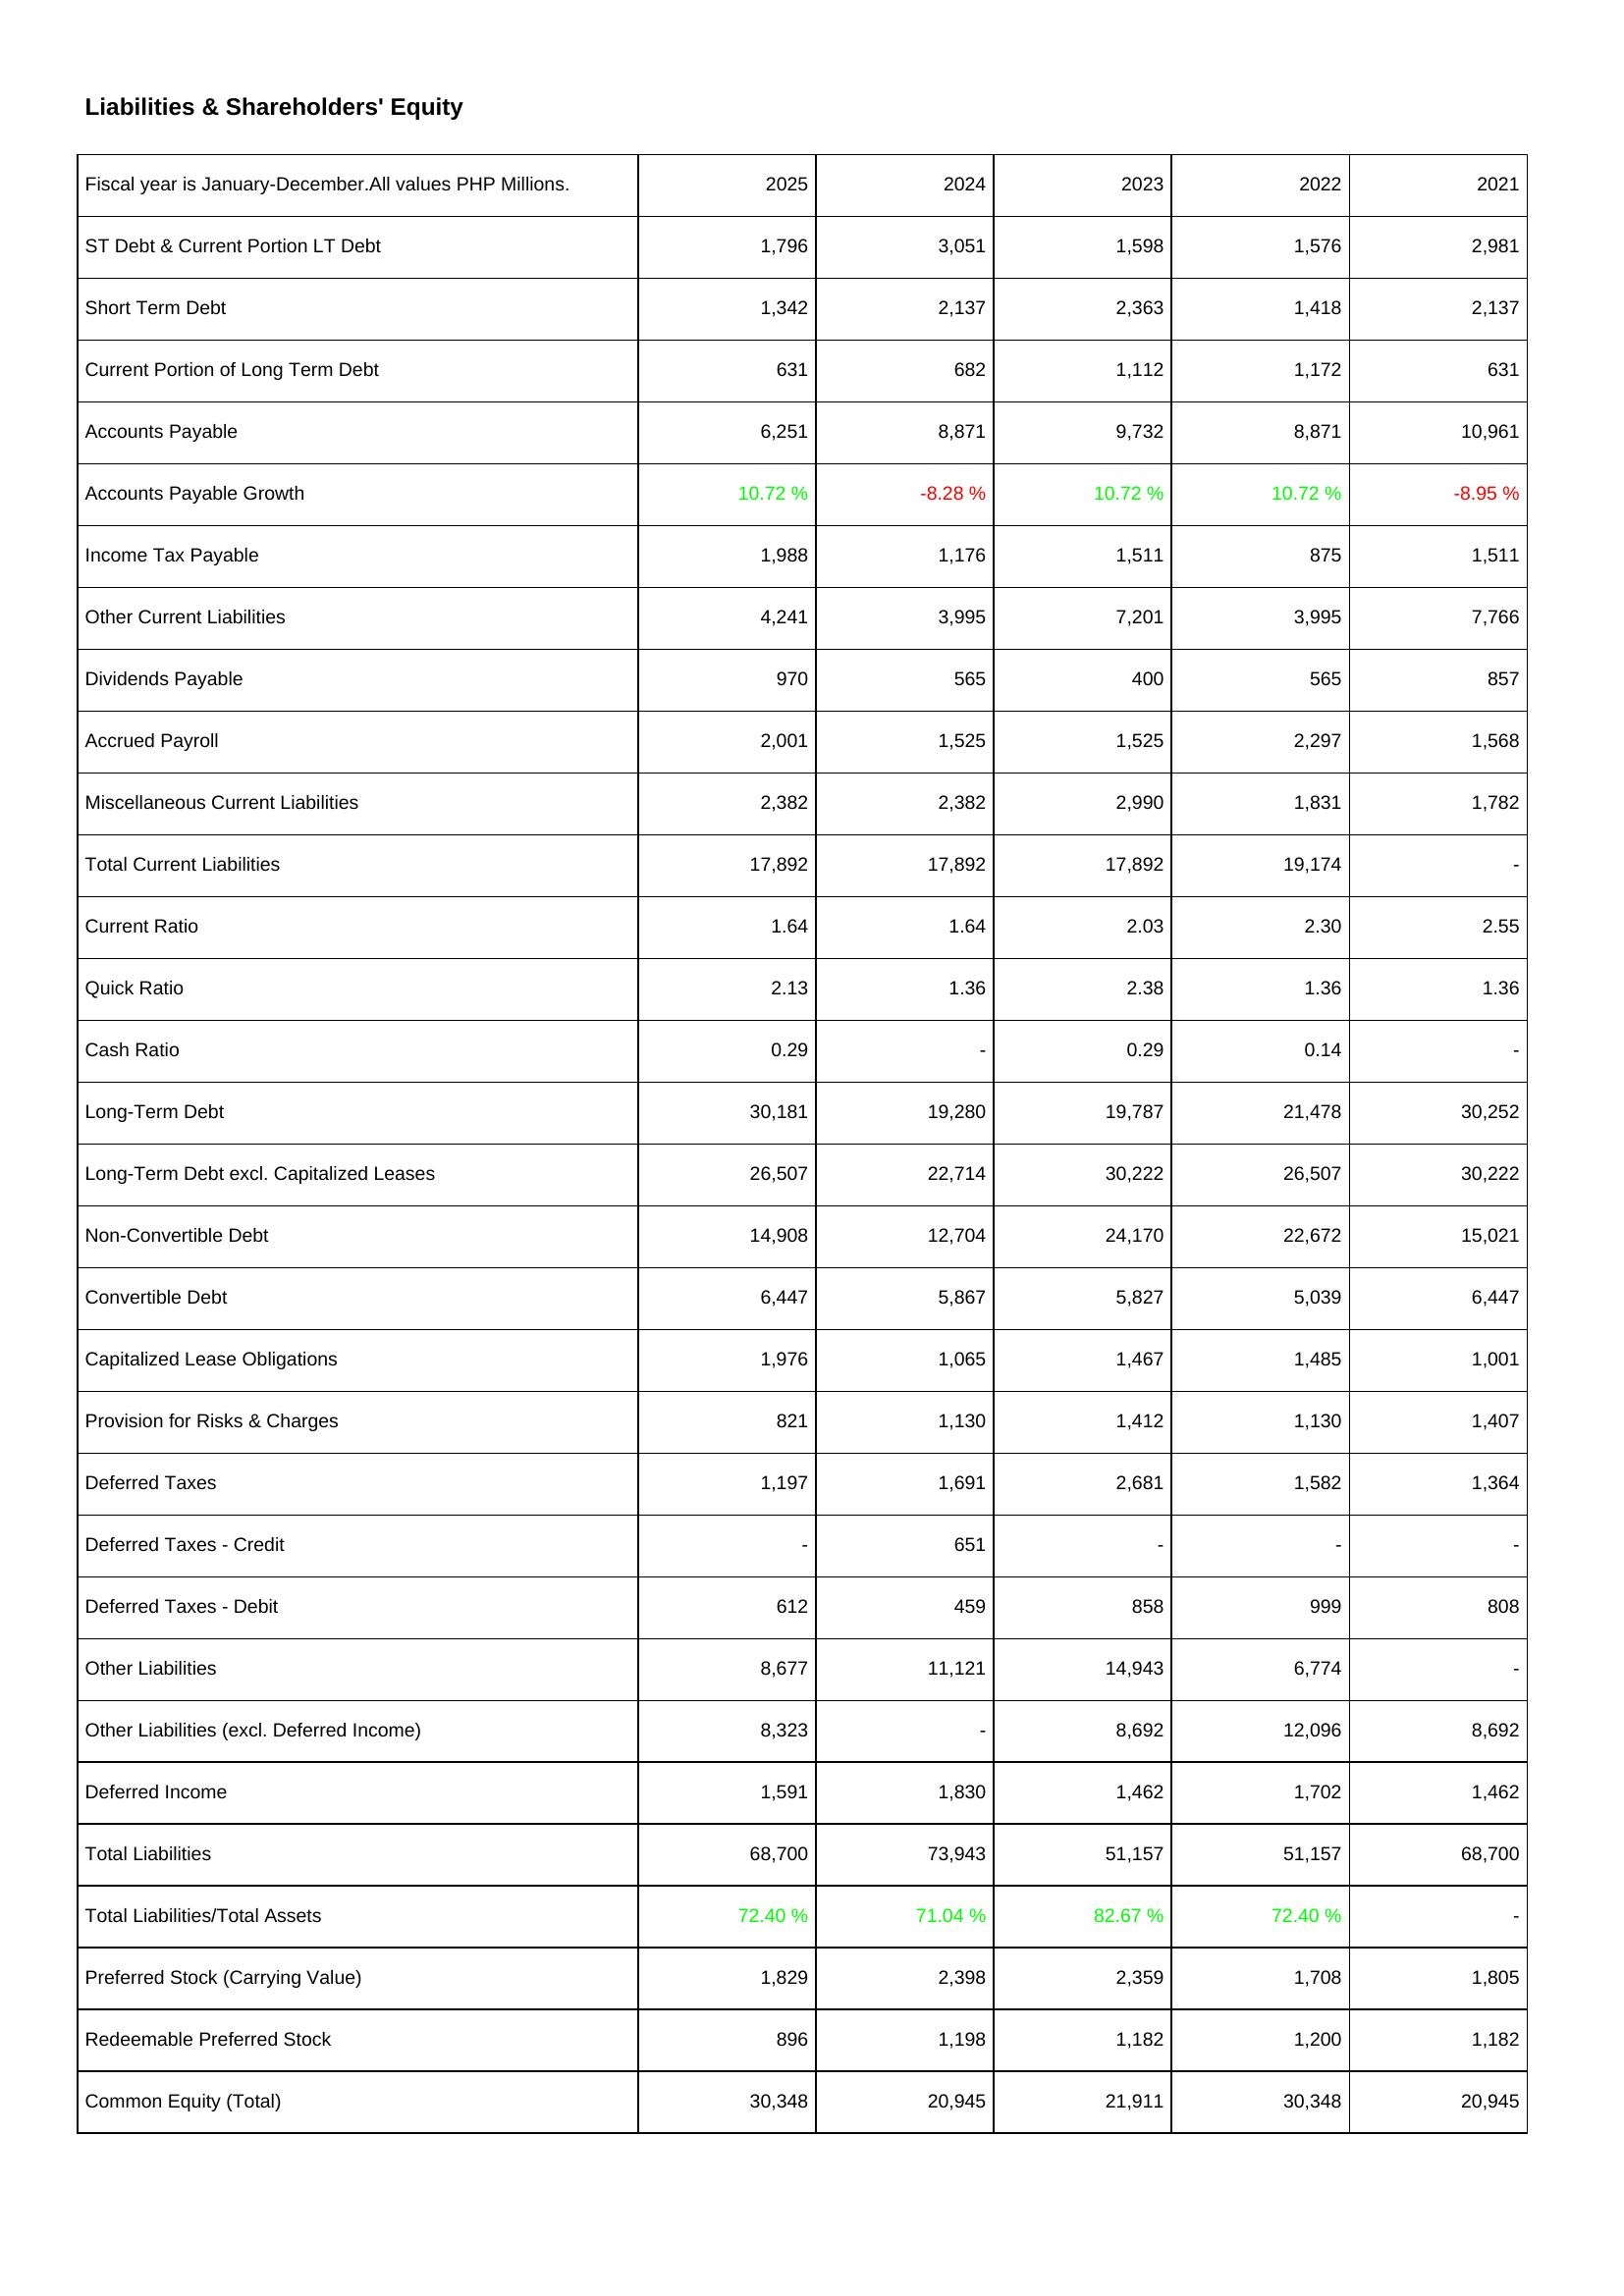
2025: Liabilities & Shareholders' Equity: ST Debt & Current Portion LT Debt: 1,796
Short Term Debt: 1,342
Current Portion of Long Term Debt: 631
Accounts Payable: 6,251
Accounts Payable Growth: 10.72 %
Income Tax Payable: 1,988
Other Current Liabilities: 4,241
Dividends Payable: 970
Accrued Payroll: 2,001
Miscellaneous Current Liabilities: 2,382
Total Current Liabilities: 17,892
Current Ratio: 1.64
Quick Ratio: 2.13
Cash Ratio: 0.29
Long-Term Debt: 30,181
Long-Term Debt excl. Capitalized Leases: 26,507
Non-Convertible Debt: 14,908
Convertible Debt: 6,447
Capitalized Lease Obligations: 1,976
Provision for Risks & Charges: 821
Deferred Taxes: 1,197
Deferred Taxes - Credit: -
Deferred Taxes - Debit: 612
Other Liabilities: 8,677
Other Liabilities (excl. Deferred Income): 8,323
Deferred Income: 1,591
Total Liabilities: 68,700
Total Liabilities/Total Assets: 72.40 %
Preferred Stock (Carrying Value): 1,829
Redeemable Preferred Stock: 896
Common Equity (Total): 30,348
2024: Liabilities & Shareholders' Equity: ST Debt & Current Portion LT Debt: 3,051
Short Term Debt: 2,137
Current Portion of Long Term Debt: 682
Accounts Payable: 8,871
Accounts Payable Growth: -8.28 %
Income Tax Payable: 1,176
Other Current Liabilities: 3,995
Dividends Payable: 565
Accrued Payroll: 1,525
Miscellaneous Current Liabilities: 2,382
Total Current Liabilities: 17,892
Current Ratio: 1.64
Quick Ratio: 1.36
Cash Ratio: -
Long-Term Debt: 19,280
Long-Term Debt excl. Capitalized Leases: 22,714
Non-Convertible Debt: 12,704
Convertible Debt: 5,867
Capitalized Lease Obligations: 1,065
Provision for Risks & Charges: 1,130
Deferred Taxes: 1,691
Deferred Taxes - Credit: 651
Deferred Taxes - Debit: 459
Other Liabilities: 11,121
Other Liabilities (excl. Deferred Income): -
Deferred Income: 1,830
Total Liabilities: 73,943
Total Liabilities/Total Assets: 71.04 %
Preferred Stock (Carrying Value): 2,398
Redeemable Preferred Stock: 1,198
Common Equity (Total): 20,945
2023: Liabilities & Shareholders' Equity: ST Debt & Current Portion LT Debt: 1,598
Short Term Debt: 2,363
Current Portion of Long Term Debt: 1,112
Accounts Payable: 9,732
Accounts Payable Growth: 10.72 %
Income Tax Payable: 1,511
Other Current Liabilities: 7,201
Dividends Payable: 400
Accrued Payroll: 1,525
Miscellaneous Current Liabilities: 2,990
Total Current Liabilities: 17,892
Current Ratio: 2.03
Quick Ratio: 2.38
Cash Ratio: 0.29
Long-Term Debt: 19,787
Long-Term Debt excl. Capitalized Leases: 30,222
Non-Convertible Debt: 24,170
Convertible Debt: 5,827
Capitalized Lease Obligations: 1,467
Provision for Risks & Charges: 1,412
Deferred Taxes: 2,681
Deferred Taxes - Credit: -
Deferred Taxes - Debit: 858
Other Liabilities: 14,943
Other Liabilities (excl. Deferred Income): 8,692
Deferred Income: 1,462
Total Liabilities: 51,157
Total Liabilities/Total Assets: 82.67 %
Preferred Stock (Carrying Value): 2,359
Redeemable Preferred Stock: 1,182
Common Equity (Total): 21,911
2022: Liabilities & Shareholders' Equity: ST Debt & Current Portion LT Debt: 1,576
Short Term Debt: 1,418
Current Portion of Long Term Debt: 1,172
Accounts Payable: 8,871
Accounts Payable Growth: 10.72 %
Income Tax Payable: 875
Other Current Liabilities: 3,995
Dividends Payable: 565
Accrued Payroll: 2,297
Miscellaneous Current Liabilities: 1,831
Total Current Liabilities: 19,174
Current Ratio: 2.30
Quick Ratio: 1.36
Cash Ratio: 0.14
Long-Term Debt: 21,478
Long-Term Debt excl. Capitalized Leases: 26,507
Non-Convertible Debt: 22,672
Convertible Debt: 5,039
Capitalized Lease Obligations: 1,485
Provision for Risks & Charges: 1,130
Deferred Taxes: 1,582
Deferred Taxes - Credit: -
Deferred Taxes - Debit: 999
Other Liabilities: 6,774
Other Liabilities (excl. Deferred Income): 12,096
Deferred Income: 1,702
Total Liabilities: 51,157
Total Liabilities/Total Assets: 72.40 %
Preferred Stock (Carrying Value): 1,708
Redeemable Preferred Stock: 1,200
Common Equity (Total): 30,348
2021: Liabilities & Shareholders' Equity: ST Debt & Current Portion LT Debt: 2,981
Short Term Debt: 2,137
Current Portion of Long Term Debt: 631
Accounts Payable: 10,961
Accounts Payable Growth: -8.95 %
Income Tax Payable: 1,511
Other Current Liabilities: 7,766
Dividends Payable: 857
Accrued Payroll: 1,568
Miscellaneous Current Liabilities: 1,782
Total Current Liabilities: -
Current Ratio: 2.55
Quick Ratio: 1.36
Cash Ratio: -
Long-Term Debt: 30,252
Long-Term Debt excl. Capitalized Leases: 30,222
Non-Convertible Debt: 15,021
Convertible Debt: 6,447
Capitalized Lease Obligations: 1,001
Provision for Risks & Charges: 1,407
Deferred Taxes: 1,364
Deferred Taxes - Credit: -
Deferred Taxes - Debit: 808
Other Liabilities: -
Other Liabilities (excl. Deferred Income): 8,692
Deferred Income: 1,462
Total Liabilities: 68,700
Total Liabilities/Total Assets: -
Preferred Stock (Carrying Value): 1,805
Redeemable Preferred Stock: 1,182
Common Equity (Total): 20,945